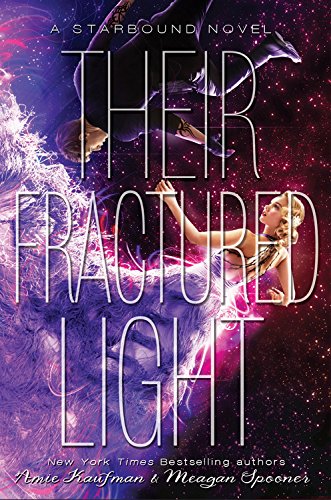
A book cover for Their Fractured Light (Starbound); Amie Kaufman; Teen & Young Adult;